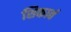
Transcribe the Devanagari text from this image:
शिकावं